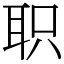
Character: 职